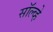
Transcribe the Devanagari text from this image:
सॉल्व्हे